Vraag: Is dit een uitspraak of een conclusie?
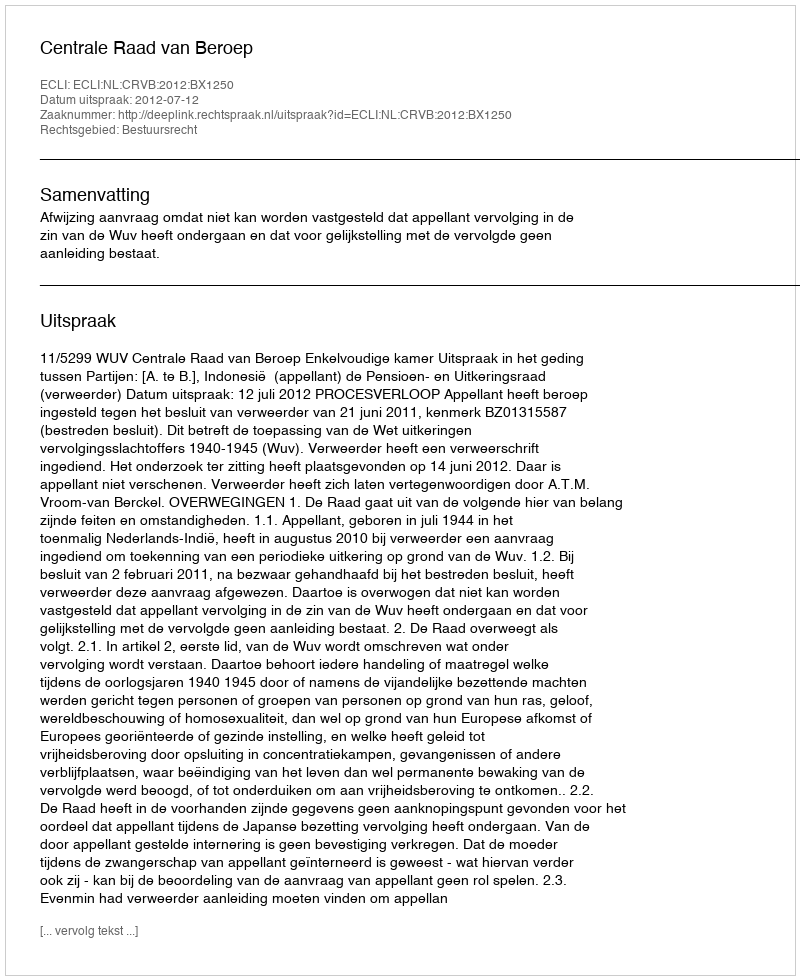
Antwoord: Uitspraak